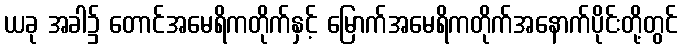
ယခု အခါ၌ တောင်အမေရိကတိုက်နှင့် မြောက်အမေရိကတိုက်အနောက်ပိုင်းတို့တွင်